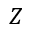
Z